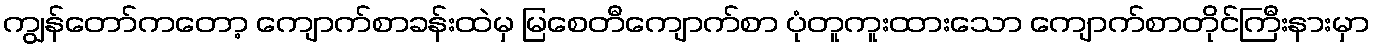
ကျွန်တော်ကတော့ ကျောက်စာခန်းထဲမှ မြစေတီကျောက်စာ ပုံတူကူးထားသော ကျောက်စာတိုင်ကြီးနားမှာ